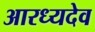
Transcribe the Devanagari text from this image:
आरध्यदेव